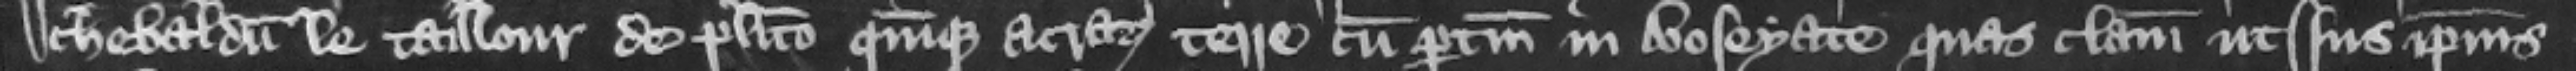
Archebaldum le Taillour de placito quinque acrarum terre cum pertinenciis in Boseyate quas clamant ut ius ipsius